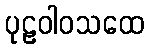
ပုဠဝါဝသထေ